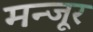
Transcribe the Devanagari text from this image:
मन्जूर